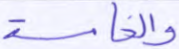
والخامسة